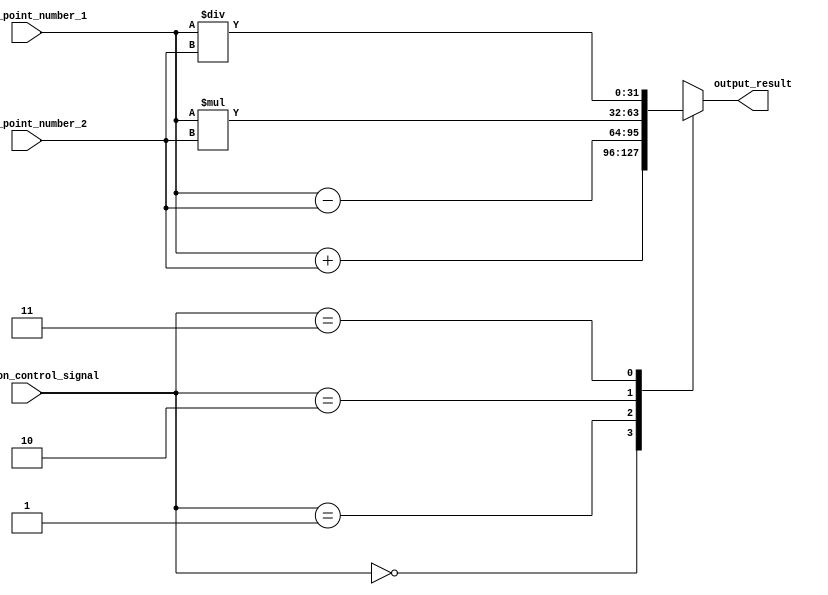
module Fixed_Point_Rounding_Unit(
    input signed [31:0] fixed_point_number_1,
    input signed [31:0] fixed_point_number_2,
    input [1:0] operation_control_signal,
    output reg signed [31:0] output_result
);

always @* begin
    case(operation_control_signal)
        2'b00: output_result = fixed_point_number_1 + fixed_point_number_2; // Addition
        2'b01: output_result = fixed_point_number_1 - fixed_point_number_2; // Subtraction
        2'b10: output_result = fixed_point_number_1 * fixed_point_number_2; // Multiplication
        2'b11: output_result = fixed_point_number_1 / fixed_point_number_2; // Division
    endcase
end

endmodule